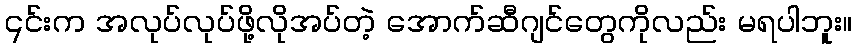
၎င်းက အလုပ်လုပ်ဖို့လိုအပ်တဲ့ အောက်ဆီဂျင်တွေကိုလည်း မရပါဘူး။